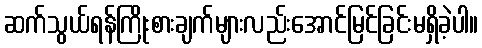
ဆက်သွယ်ရန်ကြိုးစားချက်များလည်းအောင်မြင်ခြင်းမရှိခဲ့ပါ။